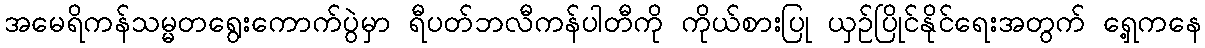
အမေရိကန်သမ္မတရွေးကောက်ပွဲမှာ ရီပတ်ဘလီကန်ပါတီကို ကိုယ်စားပြု ယှဉ်ပြိုင်နိုင်ရေးအတွက် ရှေ့ကနေ